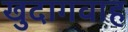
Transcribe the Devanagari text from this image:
खुदागवाह